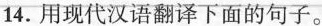
14.用现代汉语解释下面的句子。